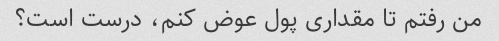
من رفتم تا مقداری پول عوض کنم، درست است؟